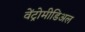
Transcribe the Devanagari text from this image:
वेंट्रोमीडिअल